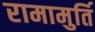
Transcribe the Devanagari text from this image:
रामामुर्ति